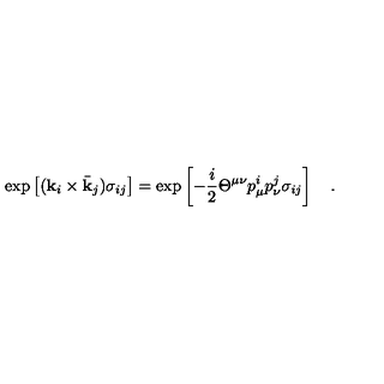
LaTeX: \mathrm { e x p } \left[ ( { \bf k } _ { i } \times { \bar { \bf k } } _ { j } ) \sigma _ { i j } \right] = \mathrm { e x p } \left[ - { \frac { i } { 2 } } \Theta ^ { \mu \nu } p _ { \mu } ^ { i } p _ { \nu } ^ { j } \sigma _ { i j } \right] \quad .